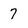
Character: 7